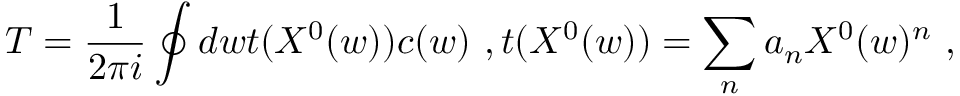
T = \frac { 1 } { 2 \pi i } \oint d w t ( X ^ { 0 } ( w ) ) c ( w ) \ , t ( X ^ { 0 } ( w ) ) = \sum _ { n } a _ { n } X ^ { 0 } ( w ) ^ { n } \ ,